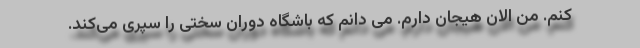
کنم. من الان هیجان دارم. می دانم که باشگاه دوران سختی را سپری می‌کند.